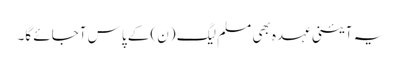
یہ آئینی عہدہ بھی مسلم لیگ (ن) کے پاس آجائے گا۔